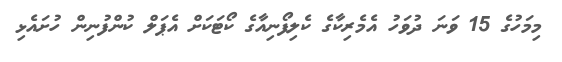
މިމަހުގެ 15 ވަނަ ދުވަހު އެމެރިކާގެ ކެލިފޯނިއާގެ ކޯޓަކަށް އެޕަލް ކުންފުނިން ހުށައެޅި